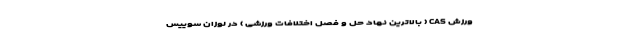
ورزش CAS ( بالاترین نهاد حل و فصل اختلافات ورزشی ) در لوزان سوییس